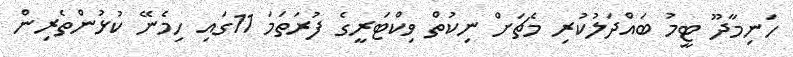
ހަނިމާދޫ ޓީމު ބައްދަލުކުރި މެޗަށް ނިކުތް ވިކްޓަރީގެ ފުރަތަމަ 11ގައި ހިމެނޭ ކުޅުންތެރިން